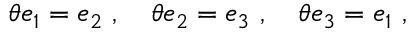
\theta e _ { 1 } = e _ { 2 } ~ , ~ ~ ~ \theta e _ { 2 } = e _ { 3 } ~ , ~ ~ ~ \theta e _ { 3 } = e _ { 1 } ~ ,